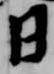
日